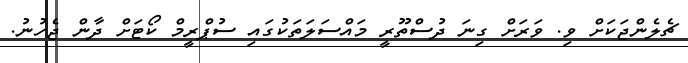
ޗެލެންޖަކަށް ވި. ވަރަށް ގިނަ ދުސްތޫރީ މައްސަލަތަކުގައި ސުޕްރީމް ކޯޓަށް ދާން ޖެހުނު.